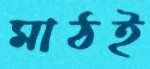
মাঠই